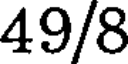
49/8